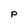
Character: p